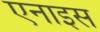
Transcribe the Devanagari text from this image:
एनाइस